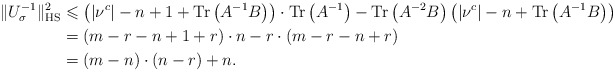
\begin{align*}\Vert U_{\sigma}^{-1}\Vert_{\rm HS}^2&\leqslant \left(\vert\nu^c\vert-n+1+{\rm Tr}\left(A^{-1}B\right)\right)\cdot{\rm Tr}\left(A^{-1}\right) -{\rm Tr}\left(A^{-2}B\right)\left(\vert\nu^c\vert-n+{\rm Tr}\left(A^{-1}B\right)\right)\\&=\left(m-r-n+1+r\right)\cdot n-r\cdot\left(m-r-n+r\right)\\&=(m-n)\cdot (n-r) +n.\end{align*}